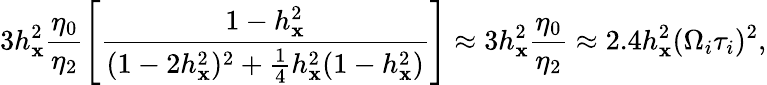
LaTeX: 3h_{\mathbf{x}}^{2}\frac{{\eta_{0}}}{{\eta_{2}}}\left[\frac{{1-h_{\mathbf{x}}^{2}}}{{(1-2h_{\mathbf{x}}^{2})^{2}+\frac{{1}}{{4}}h_{\mathbf{x}}^{2}(1-h_{\mathbf{x}}^{2})}}\right]\approx3h_{\mathbf{x}}^{2}\frac{{\eta_{0}}}{{\eta_{2}}}\approx2.4h_{\mathbf{x}}^{2}(\Omega_{i}\tau_{i})^{2},